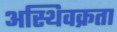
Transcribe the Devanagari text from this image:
अस्थिवक्रता